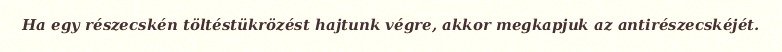
Ha egy részecskén töltéstükrözést hajtunk végre, akkor megkapjuk az antirészecskéjét.